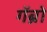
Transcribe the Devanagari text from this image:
गॅब्रो